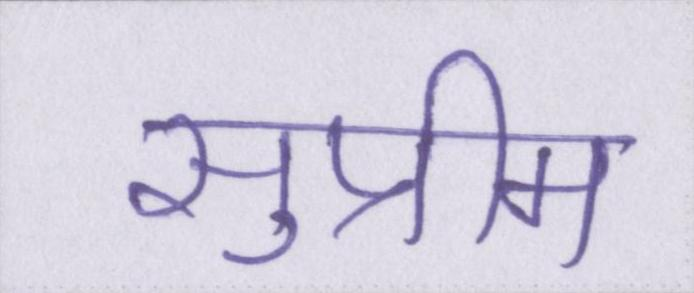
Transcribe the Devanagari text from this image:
सुप्रीम